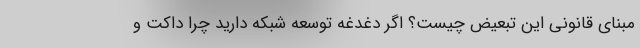
مبنای قانونی این تبعیض چیست؟ اگر دغدغه توسعه شبکه دارید چرا داکت و